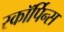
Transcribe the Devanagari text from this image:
स्कॉर्पिन्स